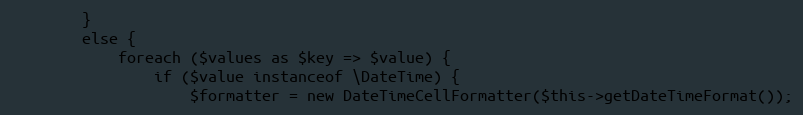
Language: PHP
        }
        else {
            foreach ($values as $key => $value) {
                if ($value instanceof \DateTime) {
                    $formatter = new DateTimeCellFormatter($this->getDateTimeFormat());